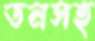
ডনসহ